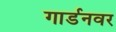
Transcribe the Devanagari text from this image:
गार्डनवर